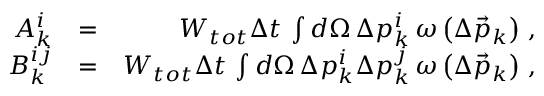
\begin{array} { r l r } { A _ { k } ^ { i } } & { = } & { W _ { t o t } \Delta t \, \int d \Omega \, \Delta p _ { k } ^ { i } \, \omega \left( \Delta \vec { p } _ { k } \right) \, , } \\ { B _ { k } ^ { i j } } & { = } & { W _ { t o t } \Delta t \, \int d \Omega \, \Delta p _ { k } ^ { i } \Delta p _ { k } ^ { j } \, \omega \left( \Delta \vec { p } _ { k } \right) \, , } \end{array}